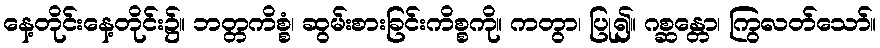
နေ့တိုင်းနေ့တိုင်း၌။ ဘတ္တကိစ္စံ၊ ဆွမ်းစားခြင်းကိစ္စကို။ ကတွာ၊ ပြု၍။ ဂစ္ဆန္တော၊ ကြွလတ်သော်။